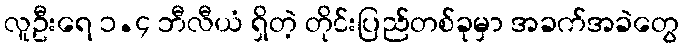
လူဦးရေ ၁.၄ ဘီလီယံ ရှိတဲ့ တိုင်းပြည်တစ်ခုမှာ အခက်အခဲတွေ